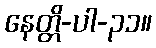
နေတ္တိ-ပါ-၃၁။